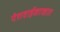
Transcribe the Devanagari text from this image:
पेशवाईकाळात